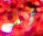
قد